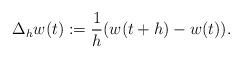
LaTeX: \begin{align*} \Delta_h w(t):=\frac{1}{h}(w(t+h)-w(t)).\end{align*}